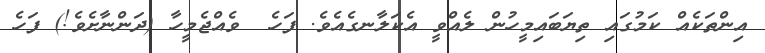
އިންތަކެއް ކަމުގައި ތިޔަބައިމީހުން ލެއްވީ އެކަލާނގެއެވެ. ފަހެ  ވެއްޖެމީހާ (ދަންނާށެވެ!) ފަހެ